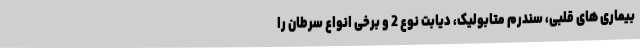
بیماری های قلبی، سندرم متابولیک، دیابت نوع 2 و برخی انواع سرطان را